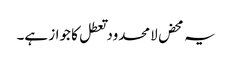
یہ محض لامحدود تعطل کا جواز ہے۔